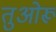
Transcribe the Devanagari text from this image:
तुओरू